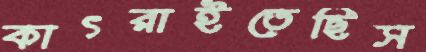
কাৎরাইতেছিস